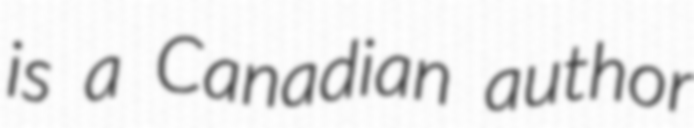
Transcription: is a Canadian author